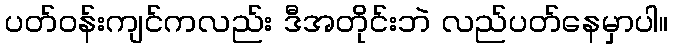
ပတ်ဝန်းကျင်ကလည်း ဒီအတိုင်းဘဲ လည်ပတ်နေမှာပါ။